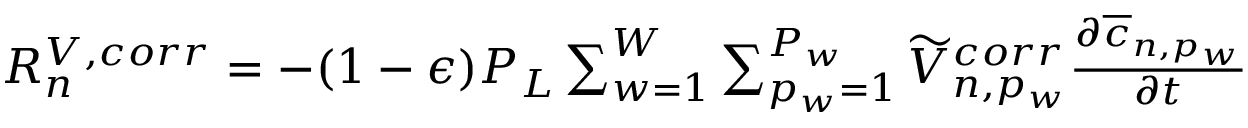
\begin{array} { r } { R _ { n } ^ { V , c o r r } = - ( 1 - \epsilon ) P _ { L } \sum _ { w = 1 } ^ { W } \sum _ { p _ { w } = 1 } ^ { P _ { w } } \widetilde { V } _ { n , p _ { w } } ^ { c o r r } \frac { \partial \overline { { c } } _ { n , p _ { w } } } { \partial t } } \end{array}